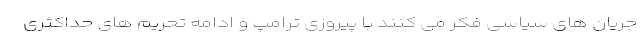
جریان های سیاسی فکر می کنند با پیروزی ترامپ و ادامه تحریم های حداکثری